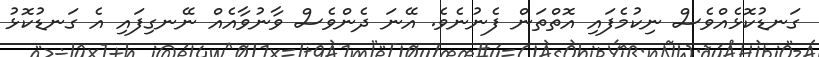
ގަނޑުކޮޅެއްވެސް ނިކުމެފައި އޮތްތަން ފެނުނެވެ. އޭނަ ދެންވެސް ވާނުވާއެއް ނޭނގިފައި އެ ގަނޑުކޮޅު